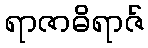
ရာဇာဓိရာဇ်